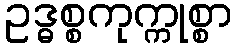
ဥဒ္ဓစ္စကုက္ကုစ္စာ